Black-water fever - Number 35
Disease focus: Fever
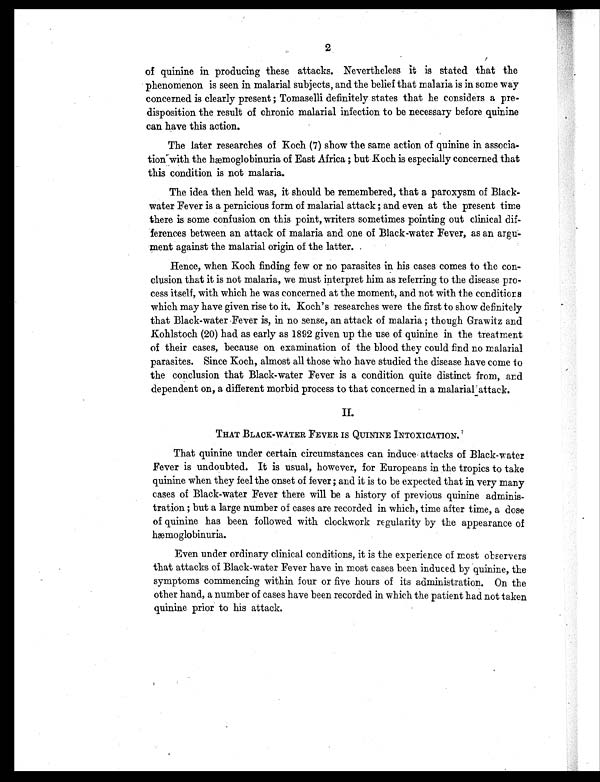
2
of quinine in producing these attacks. Nevertheless it is stated that the
phenomenon is seen in malarial subjects, and the belief that malaria is in some way
concerned is clearly present ; Tomaselli definitely states that he considers a pre-
disposition the result of chronic malarial infection to be necessary before quinine
can have this action.
The later researches of Koch (7) show the same action of quinine in associa-
tion with the hæmoglobinuria of East Africa ; but Koch is especially concerned that
this condition is not malaria.
The idea then held was, it should be remembered, that a paroxysm of Black-
water Fever is a pernicious form of malarial attack ; and even at the present time
there is some confusion on this point, writers sometimes pointing out clinical dif-
ferences between an attack of malaria and one of Black-water Fever, as an arg
ument against the malarial origin of the latter.
Hence, when Koch finding few or no parasites in his cases comes to the con-
clusion that it is not malaria, we must interpret him as referring to the disease pro-
cess itself, with which he was concerned at the moment, and not with the conditions
which may have given rise to it. Koch's researches were the first to show definitely
that Black-water Fever is, in no sense, an attack of malaria ; though Grawitz and
Kohlstoch (20) had as early as 1892 given up the use of quinine in the treatment
of their cases, because on examination of the blood they could find no malarial
parasites. Since Koch, almost all those who have studied the disease have come to
the conclusion that Black-water Fever is a condition quite distinct from, and
dependent on, a different morbid process to that concerned in a malarial attack.
II.
THAT BLACK-WATER FEVER IS QUININE INTOXICATION.
That quinine under certain circumstances can induce attacks of Black-water
Fever is undoubted. It is usual, however, for Europeans in the tropics to take
quinine when they feel the onset of fever; and it is to be expected that in very many
cases of Black-water Fever there will be a history of previous quinine adminis-
tration ; but a large number of cases are recorded in which, time after time, a dose
of quinine has been followed with clockwork regularity by the appearance of
hæmoglobinuria.
Even under ordinary clinical conditions, it is the experience of most observers
that attacks of Black-water Fever have in most cases been induced by quinine, the
symptoms commencing within four or five hours of its administration. On the
other hand, a number of cases have been recorded in which the patient had not taken
quinine prior to his attack.